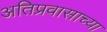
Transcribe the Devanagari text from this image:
अतिप्रवासाच्या